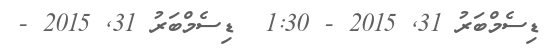
ޑިސެމްބަރު 31